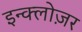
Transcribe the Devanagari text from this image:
इन्क्लोज़र